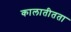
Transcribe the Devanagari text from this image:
कालातीतता